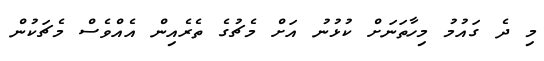
މި ދެ ގައުމު މިހާތަނަށް ކުޅުނު އަށް މެޗުގެ ތެރެއިން އެއްވެސް މެޗަކުން